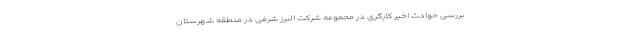
بررسی حوادث اخیر کارگری در مجموعه شرکت البرز شرفی در منطقه شهرستان